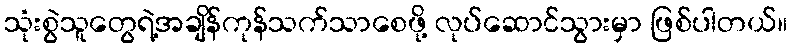
သုံးစွဲသူတွေရဲ့အချိန်ကုန်သက်သာစေဖို့ လုပ်ဆောင်သွားမှာ ဖြစ်ပါတယ်။